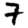
Digit: 7